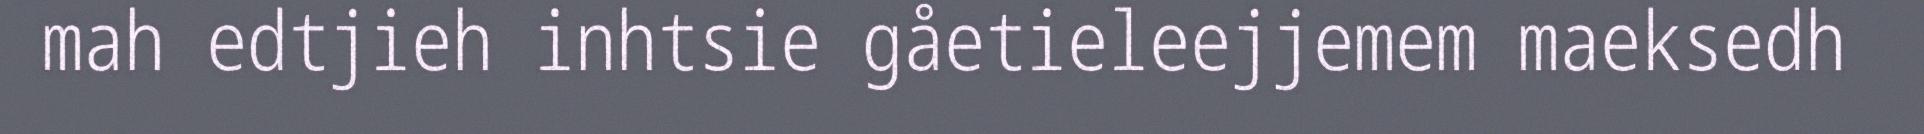
mah edtjieh inhtsie gåetieleejjemem maeksedh